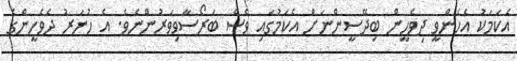
އެކަމަކު އެހެންވީ ދިވެހީން ބިދޭސީންނަށް އެކަމުގައި ވެސް ބަރޯސާވިވަރުންނެވެ. އެ ހުނަރު ދެވެހީންގެ